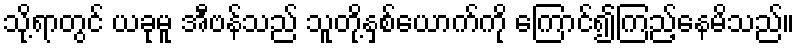
သို့ရာတွင် ယခုမူ အီဗန်သည် သူတို့နှစ်ယောက်ကို ကြောင်၍ကြည့်နေမိသည်။